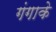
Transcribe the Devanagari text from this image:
गंगाके